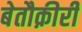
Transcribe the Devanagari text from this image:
बेतौक़ीरी